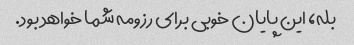
بله، این پایان خوبی برای رزومه شما خواهد بود.